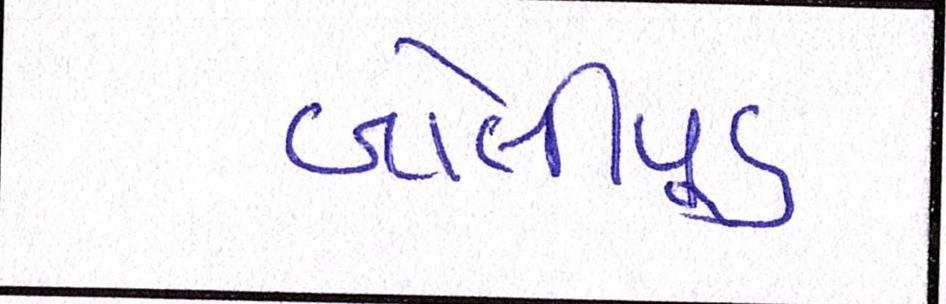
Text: બૉલીવૂડ